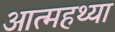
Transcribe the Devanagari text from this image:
आत्महथ्या